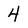
Character: 4